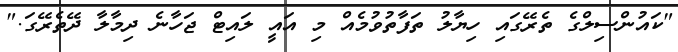
"ކައުންސިލްގެ ތެރޭގައި ހިޔާލު ތަފާތުވުމެއް މި އައީ ލައިޓް ޖަހާނެ ދިމާލާ ދޭތެރޭގަ."